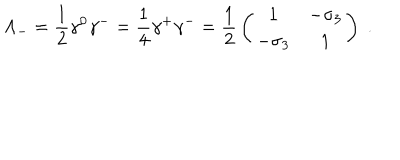
\Lambda _ { - } = { \frac { 1 } { 2 } } \gamma ^ { 0 } \gamma ^ { - } = { \frac { 1 } { 4 } } \gamma ^ { + } \gamma ^ { - } = { \frac { 1 } { 2 } } \left( \begin{array} { c c } { { 1 } } & { { - \sigma _ { 3 } } } \\ { { - \sigma _ { 3 } } } & { { 1 } } \\ \end{array} \right) \; .